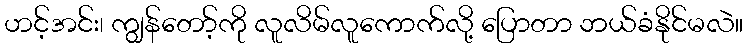
ဟင့်အင်း၊ ကျွန်တော့်ကို လူလိမ်လူကောက်လို့ ပြောတာ ဘယ်ခံနိုင်မလဲ။